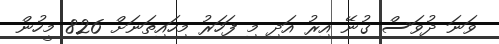
ވަނަ ދުވަސް ގުނޭ އިރު އަދި މި ފަހަރު މިހައިތަނަށް 826 މީހުން